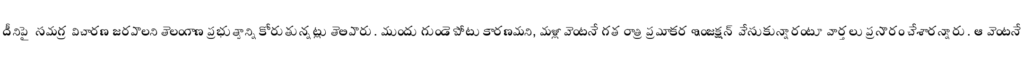
దీనిపై సమగ్ర విచారణ జరపాలని తెలంగాణ ప్రభుత్వాన్ని కోరుతున్నట్లు తెలిపారు. ముందు గుండె పోటు కారణమని, మళ్లీ వెంటనే గత రాత్రి ప్రమాకర ఇంజక్షన్ వేసుకున్నారంటూ వార్తలు ప్రసారం చేశారన్నారు. ఆ వెంటనే